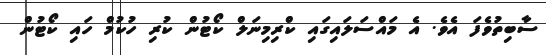
ސާބިތުވެފަ އެވެ. އެ މައްސަލައިގައި ކްރިމިނަލް ކޯޓުން ކުރި ހުކުމް ހައި ކޯޓުން